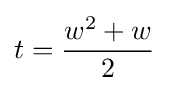
t={\frac {w^{2}+w}{2}}